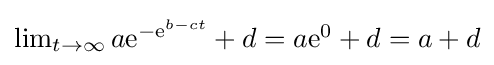
{\textstyle \lim _{t\to \infty }a\mathrm {e} ^{-\mathrm {e} ^{b-ct}}+d=a\mathrm {e} ^{0}+d=a+d}